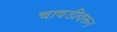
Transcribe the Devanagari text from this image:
चावडीवरून